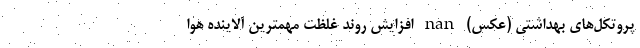
پروتکل‌های بهداشتی (عکس) nan افزایش روند غلظت مهمترین آلاینده هوا